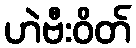
ဟဲဗီးဝိတ်